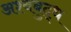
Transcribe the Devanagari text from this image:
अश्वबुद्ध